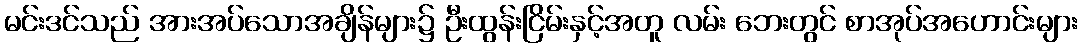
မင်းဒင်သည် အားအပ်သောအချိန်များ၌ ဦးထွန်းငြိမ်းနှင့်အတူ လမ်း ဘေးတွင် စာအုပ်အဟောင်းများ